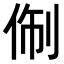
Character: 𬾑